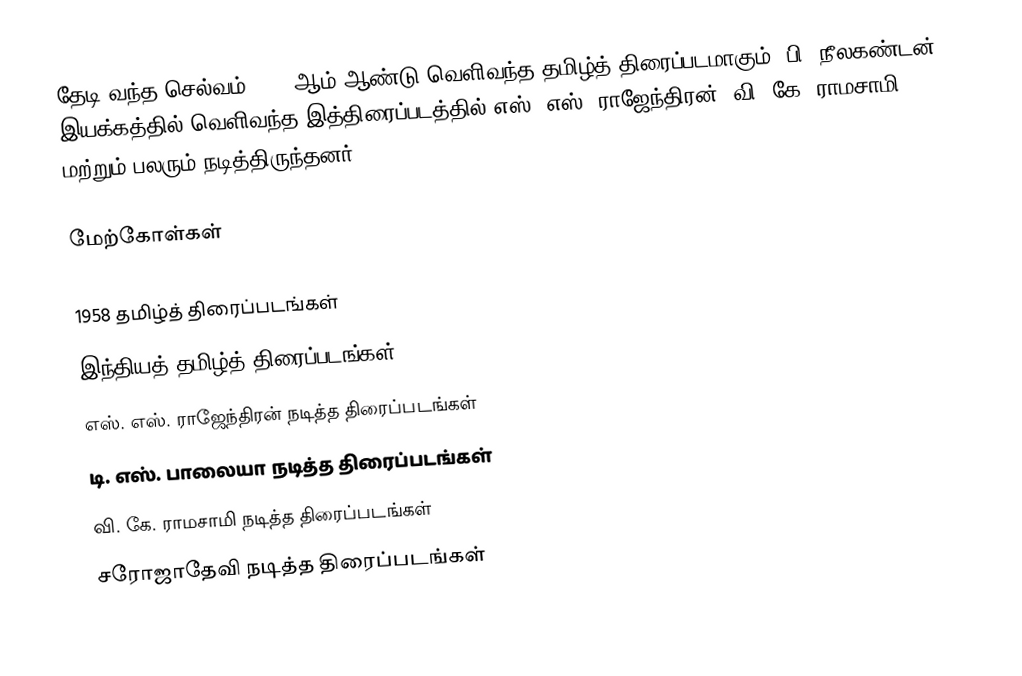
தேடி வந்த செல்வம் 1958 ஆம் ஆண்டு வெளிவந்த தமிழ்த் திரைப்படமாகும். பி. நீலகண்டன் இயக்கத்தில் வெளிவந்த இத்திரைப்படத்தில் எஸ். எஸ். ராஜேந்திரன், வி. கே. ராமசாமி மற்றும் பலரும் நடித்திருந்தனர்.

மேற்கோள்கள்

1958 தமிழ்த் திரைப்படங்கள்
இந்தியத் தமிழ்த் திரைப்படங்கள்
எஸ். எஸ். ராஜேந்திரன் நடித்த திரைப்படங்கள்
டி. எஸ். பாலையா நடித்த திரைப்படங்கள்
வி. கே. ராமசாமி நடித்த திரைப்படங்கள்
சரோஜாதேவி நடித்த திரைப்படங்கள்